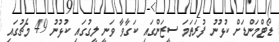
ޑޯޓްމަންޑަށް ކުޅުނު ފުރަތަމަ ސީޒަންގައި ކަގާވާ ވަނީ ލީގުގައި ކުޅުނު 49 މެޗުގައި